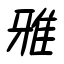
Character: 雅